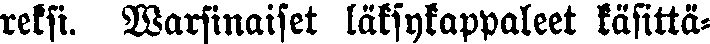
reksi. Warsinaiset läksykappaleet käsittä-